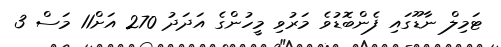
ޓަމިލް ނާޑޫގައި ފެންބޮޑުވެ މަރުވި މީހުންގެ އަދަދު 270 އަށް11 މަސް 3